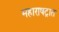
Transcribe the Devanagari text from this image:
महाराषट्रात